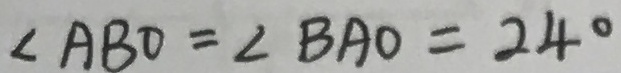
\angle A B O = \angle B A O = 2 4 ^ { \circ }